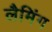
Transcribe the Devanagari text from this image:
लैमिंग